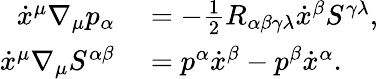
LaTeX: \begin{array}{rl}{\dot{x}^{\mu}\nabla_{\mu}p_{\alpha}}&{{}=-\frac{1}{2}R_{\alpha\beta\gamma\lambda}\dot{x}^{\beta}S^{\gamma\lambda},}\\ {\dot{x}^{\mu}\nabla_{\mu}S^{\alpha\beta}}&{{}=p^{\alpha}\dot{x}^{\beta}-p^{\beta}\dot{x}^{\alpha}.}\end{array}